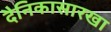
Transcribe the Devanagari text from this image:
दैनिकासारखा